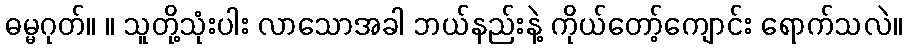
ဓမ္မဂုတ်။ ။ သူတို့သုံးပါး လာသောအခါ ဘယ်နည်းနဲ့ ကိုယ်တော့်ကျောင်း ရောက်သလဲ။